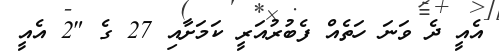
އެއީ ދެ ވަނަ ހަތެއް ފެބުރުއަރީ ކަމަށާއި 27 ގެ "2 އެއީ